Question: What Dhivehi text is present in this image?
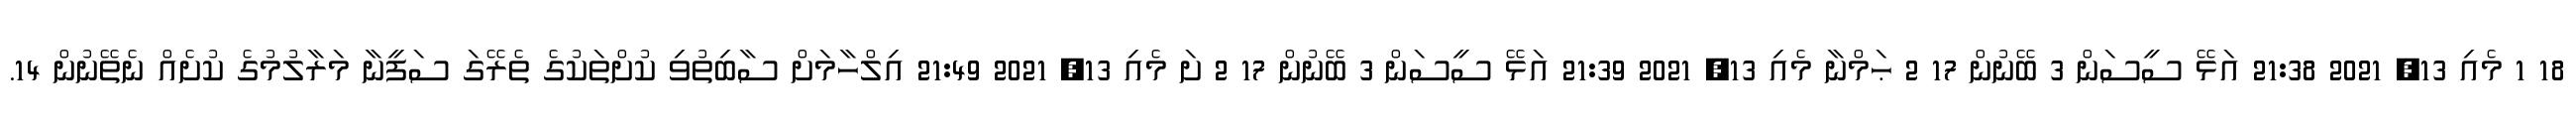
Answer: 18 1 މެއި 13, 2021 21:38 އަޅޭ ސީސަން 3 ބޭނުން 17 2 ޙަމްނާ މެއި 13, 2021 21:39 އަޅޭ ސީސަން 3 ބޭނުން 17 2 ށަ މެއި 13, 2021 21:49 އިލްހާމަށް ސާބިތުވި ކުށްތަކުގެ ތެރޭގަ ސަފީނާ މަރާލުމުގެ ކުށެއް ނެތޭނުން 14.